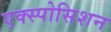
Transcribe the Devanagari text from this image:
एक्स्पोसिशन